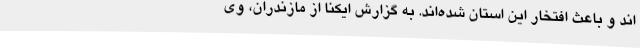
اند و باعث افتخار این استان شده‌اند. به گزارش ایکنا از مازندران، وی